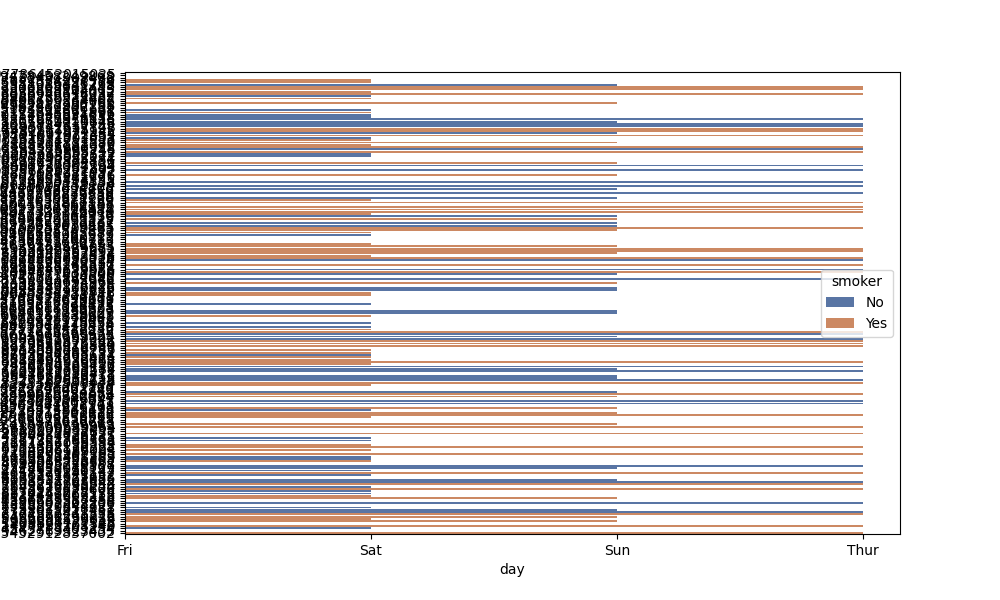
python, seaborn, barplot, hue='smoker', palette='deep', ci=95, orient='h'